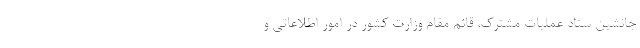
جانشین ستاد عملیات مشترک، قائم مقام وزارت کشور در امور اطلاعاتی و